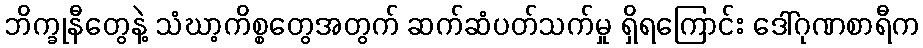
ဘိက္ခုနီတွေနဲ့ သံဃာ့ကိစ္စတွေအတွက် ဆက်ဆံပတ်သက်မှု ရှိရကြောင်း ဒေါ်ဂုဏစာရီက